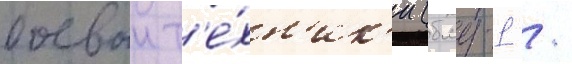
боевои т'е́хн'ик'и (бмд-1 /